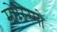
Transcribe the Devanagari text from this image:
मोरिस्मो